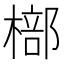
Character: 𣘙